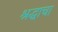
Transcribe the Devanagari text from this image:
श्रद्धाचा